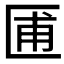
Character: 𫧓